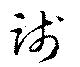
踐